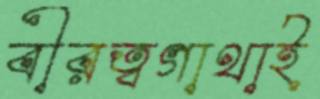
বীরত্বগাথাই